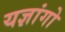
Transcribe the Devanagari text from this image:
यज्ञांगो